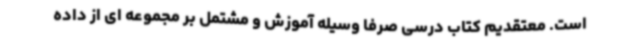
است. معتقدیم کتاب درسی صرفا وسیله آموزش و مشتمل بر مجموعه ای از داده